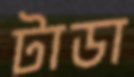
টাডা